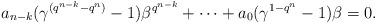
LaTeX: \begin{align*} a_{n-k}(\gamma^{(q^{n-k}-q^n)}-1)\beta^{q^{n-k}}+\cdots +a_0(\gamma^{1-q^n}-1)\beta=0. \end{align*}